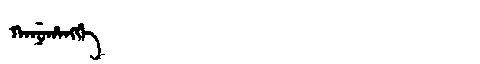
Manchu: ᡴᠠᠨᡠᡥᠠᠩᡤᡝ
Romanization: KANUHANGGE